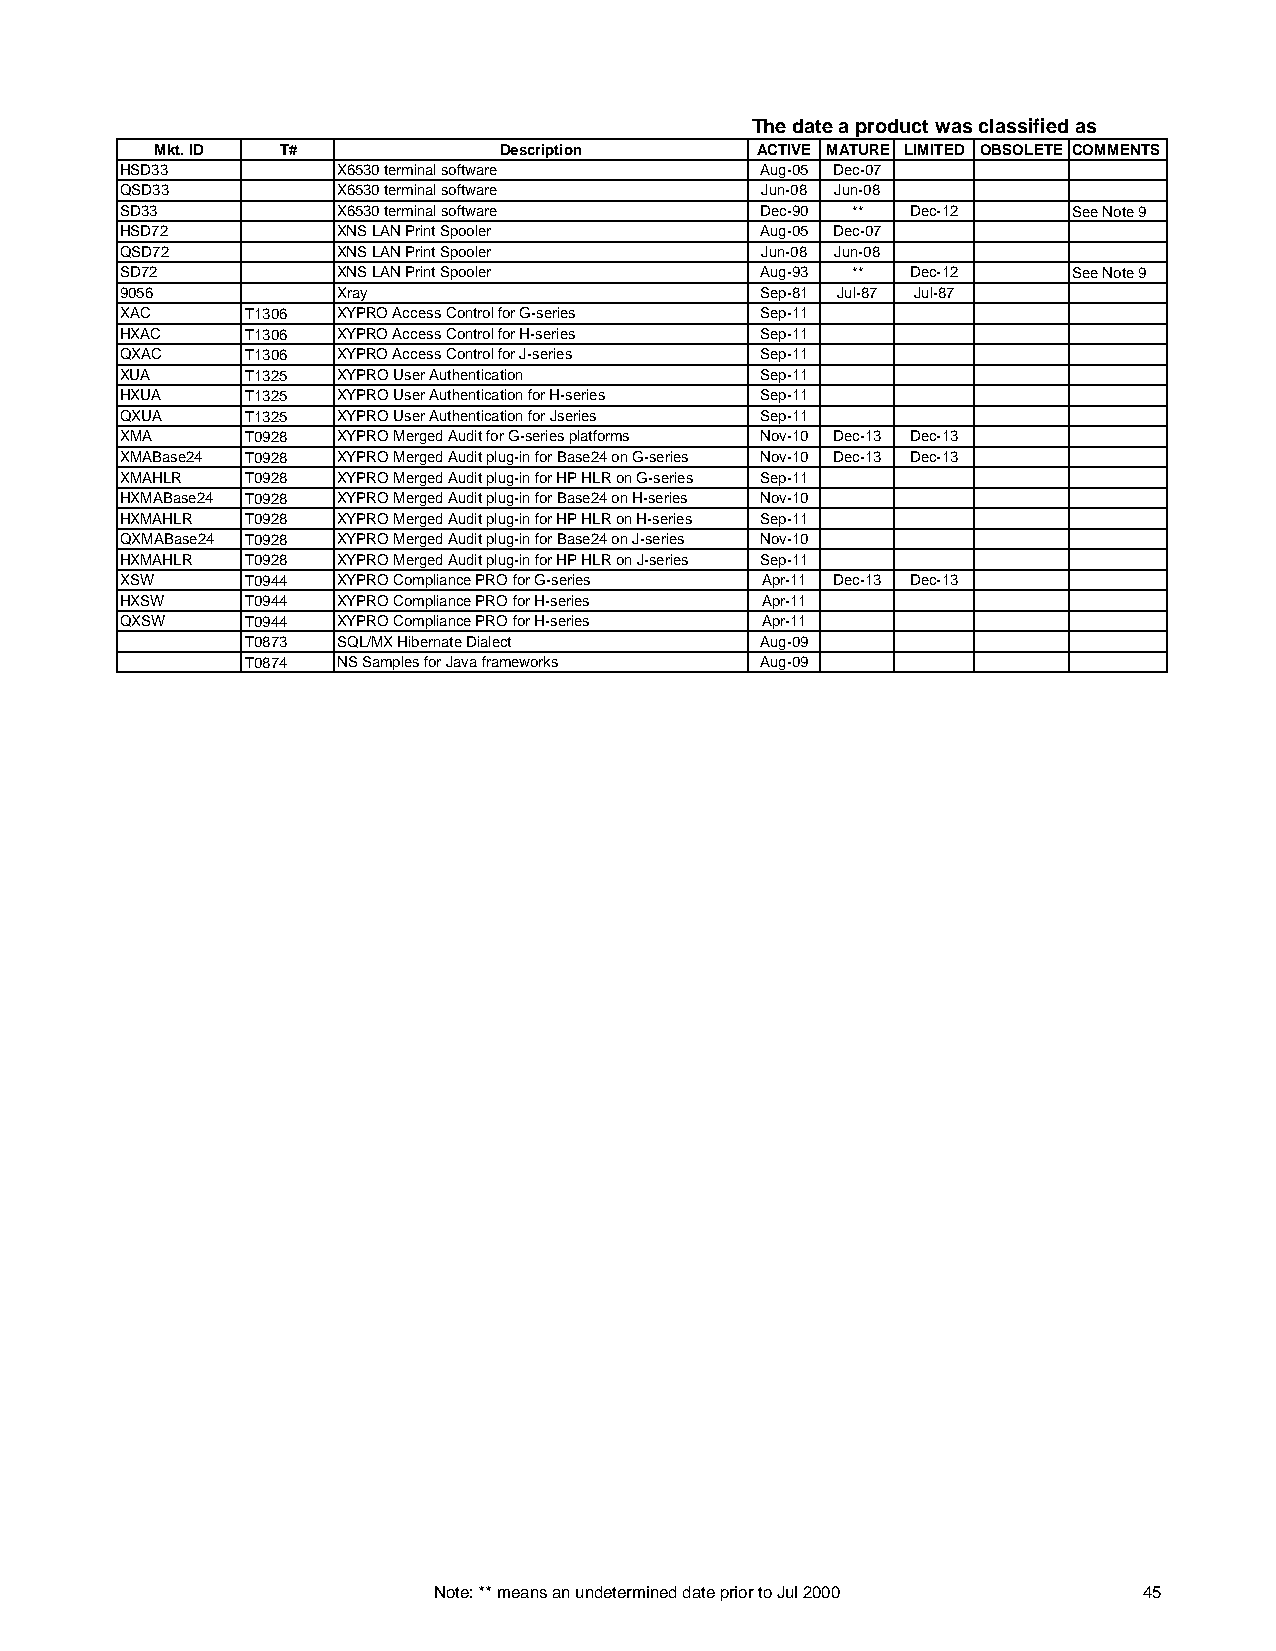
The date a product was classified as
 Mkt. ID  T#            Description      ACTIVE MATURE LIMITED OBSOLETE COMMENTS
 HSD33          X6530 terminal software     Aug-05 Dec-07
 QSD33          X6530 terminal software     Jun-08 Jun-08
 SD33           X6530 terminal software     Dec-90 ** Dec-12    See Note 9
 HSD72          XNS LAN Print Spooler       Aug-05 Dec-07
 QSD72          XNS LAN Print Spooler       Jun-08 Jun-08
 SD72           XNS LAN Print Spooler       Aug-93 ** Dec-12    See Note 9
 9056           Xray                        Sep-81 Jul-87 Jul-87
 XAC     T1306  XYPRO Access Control for G-series Sep-11
 HXAC    T1306  XYPRO Access Control for H-series Sep-11
 QXAC    T1306  XYPRO Access Control for J-series Sep-11
 XUA     T1325  XYPRO User Authentication   Sep-11
 HXUA    T1325  XYPRO User Authentication for H-series Sep-11
 QXUA    T1325  XYPRO User Authentication for Jseries Sep-11
 XMA     T0928  XYPRO Merged Audit for G-series platforms Nov-10 Dec-13 Dec-13
 XMABase24 T0928 XYPRO Merged Audit plug-in for Base24 on G-series Nov-10 Dec-13 Dec-13
 XMAHLR  T0928  XYPRO Merged Audit plug-in for HP HLR on G-series Sep-11
 HXMABase24 T0928 XYPRO Merged Audit plug-in for Base24 on H-series Nov-10
 HXMAHLR T0928  XYPRO Merged Audit plug-in for HP HLR on H-series Sep-11
 QXMABase24 T0928 XYPRO Merged Audit plug-in for Base24 on J-series Nov-10
 HXMAHLR T0928  XYPRO Merged Audit plug-in for HP HLR on J-series Sep-11
 XSW     T0944  XYPRO Compliance PRO for G-series Apr-11 Dec-13 Dec-13
 HXSW    T0944  XYPRO Compliance PRO for H-series Apr-11
 QXSW    T0944  XYPRO Compliance PRO for H-series Apr-11
 T0873  SQL/MX Hibernate Dialect    Aug-09
 T0874  NS Samples for Java frameworks Aug-09
 Note: ** means an undetermined date prior to Jul 2000 45